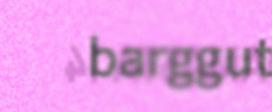
barggut